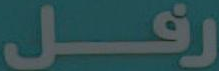
رفل